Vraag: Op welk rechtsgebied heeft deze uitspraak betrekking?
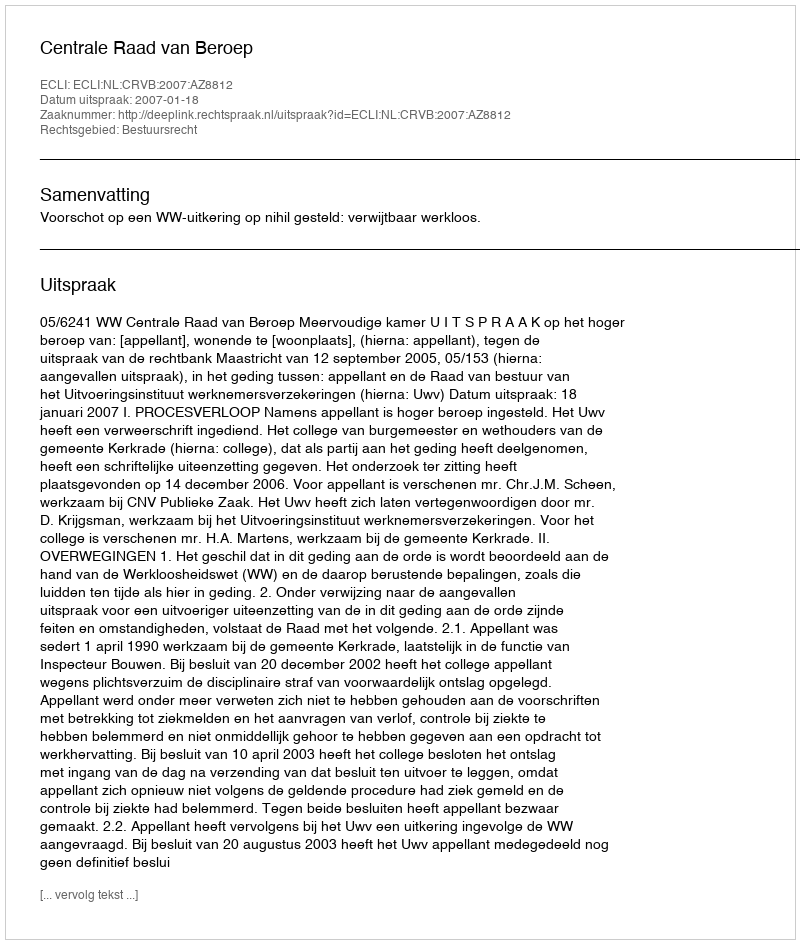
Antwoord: Bestuursrecht